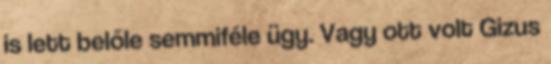
is lett belőle semmiféle ügy. Vagy ott volt Gizus